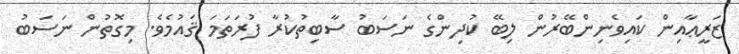
ޒަރީޢާއިން ކައިވެނިންބޭރުން ލިބޭ ކުދިންގެ ނަސަބު ސާބިތުކުރާ ފުރަތަމަ ޤައުމެވެ. މިގޮތުން ނަސަބު